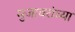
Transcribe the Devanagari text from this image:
मुजावरांच्या